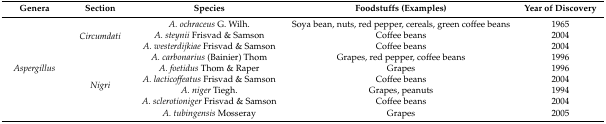
<table><thead><tr><td><b>Genera</b></td><td><b>Section</b></td><td><b>Species</b></td><td><b>Foodstuffs (Examples)</b></td><td><b>Year of Discovery</b></td></tr></thead><tbody><tr><td rowspan="9"><i>Aspergillus</i></td><td rowspan="3"><i>Circumdati</i></td><td><i>A. ochraceus</i> G. Wilh. </td><td>Soya bean, nuts, red pepper, cereals, green coffee beans</td><td>1965</td></tr><tr><td><i>A. steynii</i> Frisvad &amp; Samson</td><td>Coffee beans</td><td>2004</td></tr><tr><td><i>A. westerdijkiae</i> Frisvad &amp; Samson</td><td>Coffee beans</td><td>2004</td></tr><tr><td rowspan="6"><i>Nigri</i></td><td><i>A. carbonarius</i> (Bainier) Thom</td><td>Grapes, red pepper, coffee beans</td><td>1996</td></tr><tr><td><i>A. foetidus</i> Thom &amp; Raper</td><td>Grapes</td><td>1996</td></tr><tr><td><i>A. lacticoffeatus</i> Frisvad &amp; Samson</td><td>Coffee beans</td><td>2004</td></tr><tr><td><i>A. niger</i> Tiegh.</td><td>Grapes, peanuts</td><td>1994</td></tr><tr><td><i>A. sclerotioniger</i> Frisvad &amp; Samson</td><td>Coffee beans</td><td>2004</td></tr><tr><td><i>A. tubingensis</i> Mosseray</td><td>Grapes</td><td>2005</td></tr></tbody></table>